Vaccination in Burma 1920-1933 - 1920-1933
Year: 1920
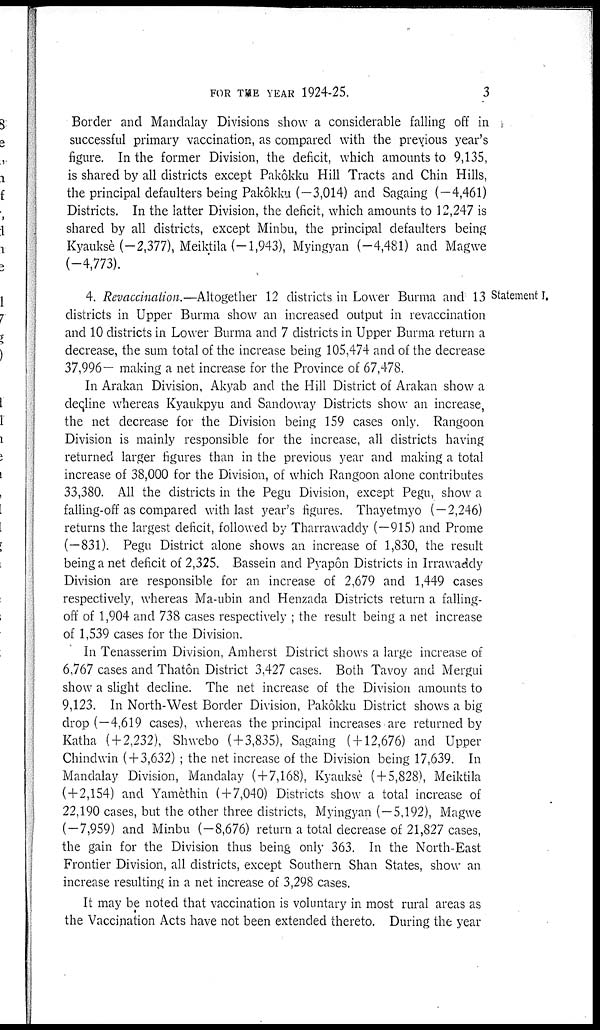
FOR THE YEAR 1924-25.
3
Border and Mandalay Divisions show a considerable falling off in
successful primary vaccination, as compared with the previous year's
figure. In the former Division, the deficit, which amounts to 9,135,
is shared by all districts except Pakôkku Hill Tracts and Chin Hills,
the principal defaulters being Pakôkku (—3,014) and Sagaing (—4,461)
Districts. In the latter Division, the deficit, which amounts to 12,247 is
shared by all districts, except Minbu, the principal defaulters being
Kyauksè (-2,377), Meiktila (-1,943), Myingyan (-4,481) and Magwe
(-4,773).
Statement I.
4. Revaccination.—Altogether 12 districts in Lower Burma and 13
districts in Upper Burma show an increased output in revaccination
and 10 districts in Lower Burma and 7 districts in Upper Burma return a
decrease, the sum total of the increase being 105,474 and of the decrease
37,996— making a net increase for the Province of 67,478.
In Arakan Division, Akyab and the Hill District of Arakan show a
decline whereas Kyaukpyu and Sandoway Districts show an increase,
the net decrease for the Division being 159 cases only. Rangoon
Division is mainly responsible for the increase, all districts having
returned larger figures than in the previous year and making a total
increase of 38,000 for the Division, of which Rangoon alone contributes
33,380. All the districts in the Pegu Division, except Pegu, show a
falling-off as compared with last year's figures. Thayetmyo (—2,246)
returns the largest deficit, followed by Tharrawaddy (—915) and Prome
(—831). Pegu District alone shows an increase of 1,830, the result
being a net deficit of 2,325. Bassein and Pyapôn Districts in Irrawaddy
Division are responsible for an increase of 2,679 and 1,449 cases
respectively, whereas Ma-ubin and Henzada Districts return a falling-
off of 1,904 and 738 cases respectively ; the result being a net increase
of 1,539 cases for the Division.
In Tenasserim Division, Amherst District shows a large increase of
6,767 cases and Thatôn District 3,427 cases. Both Tavoy and Mergui
show a slight decline. The net increase of the Division amounts to
9,123. In North-West Border Division, Pakôkku District shows a big
drop (—4,619 cases), whereas the principal increases are returned by
Katha ( + 2,232), Shwebo ( + 3,835), Sagaing ( + 12,676) and Upper
Chindwin ( + 3,632) ; the net increase of the Division being 17,639. In
Mandalay Division, Mandalay (+7,168), Kyauksè ( + 5,828), Meiktila
(+2,154) and Yamèthin (+7,040) Districts show a total increase of
22,190 cases, but the other three districts, Myingyan (—5,192), Magwe
(—7,959) and Minbu (—8,676) return a total decrease of 21,827 cases,
the gain for the Division thus being only 363. In the North-East
Frontier Division, all districts, except Southern Shan States, show an
increase resulting in a net increase of 3,298 cases.
It may be noted that vaccination is voluntary in most rural areas as
the Vaccination Acts have not been extended thereto. During the year